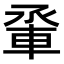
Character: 𫏵